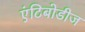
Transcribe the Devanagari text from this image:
एंटिबोडीज